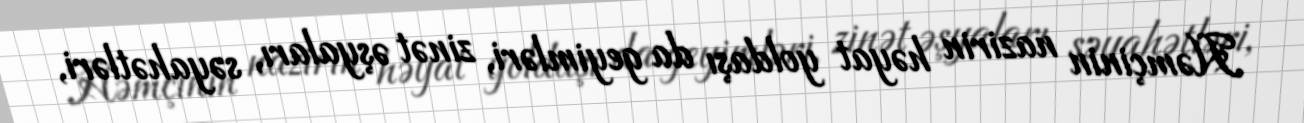
Həmçinin nazirin həyat yoldaşı da geyimləri, zinət əşyaları, səyahətləri,